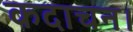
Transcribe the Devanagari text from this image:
कदाचन।